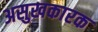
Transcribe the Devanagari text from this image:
असुखकारक